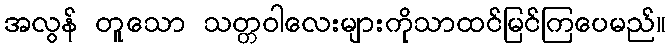
အလွန် တူသော သတ္တဝါလေးများကိုသာထင်မြင်ကြပေမည်။